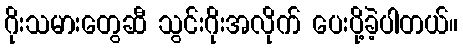
ဂိုးသမားတွေဆီ သွင်းဂိုးအလိုက် ပေးပို့ခဲ့ပါတယ်။